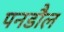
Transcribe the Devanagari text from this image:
पनडौल